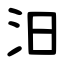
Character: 汨